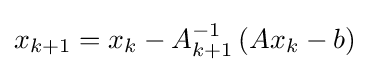
x_{k+1}=x_{k}-A_{k+1}^{-1}\left(Ax_{k}-b\right)